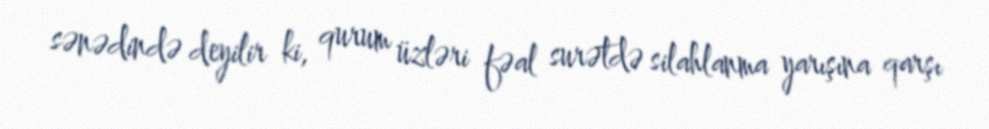
sənədində deyilir ki, qurum üzləri fəal surətdə silahlanma yarışına qarşı